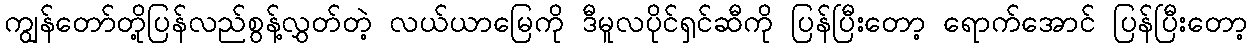
ကျွန်တော်တို့ပြန်လည်စွန့်လွှတ်တဲ့ လယ်ယာမြေကို ဒီမူလပိုင်ရှင်ဆီကို ပြန်ပြီးတော့ ရောက်အောင် ပြန်ပြီးတော့